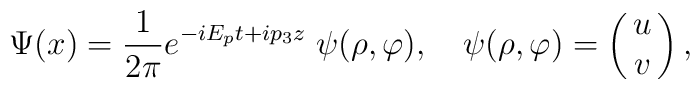
\Psi(x) = {1\over 2\pi} e^{-iE_p t + ip_3z}\;\psi(\rho, \varphi),\quad \psi(\rho, \varphi) =  \pmatrix{ u \cr v\cr},